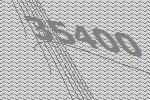
35400